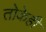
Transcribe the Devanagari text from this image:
तोकेही